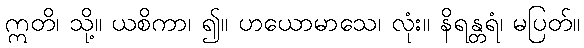
ဣတိ၊ သို့။ ယစိကာ၊ ၍။ ဟယောမာသေ၊ လုံး။ နိရန္တရံ၊ မပြတ်။